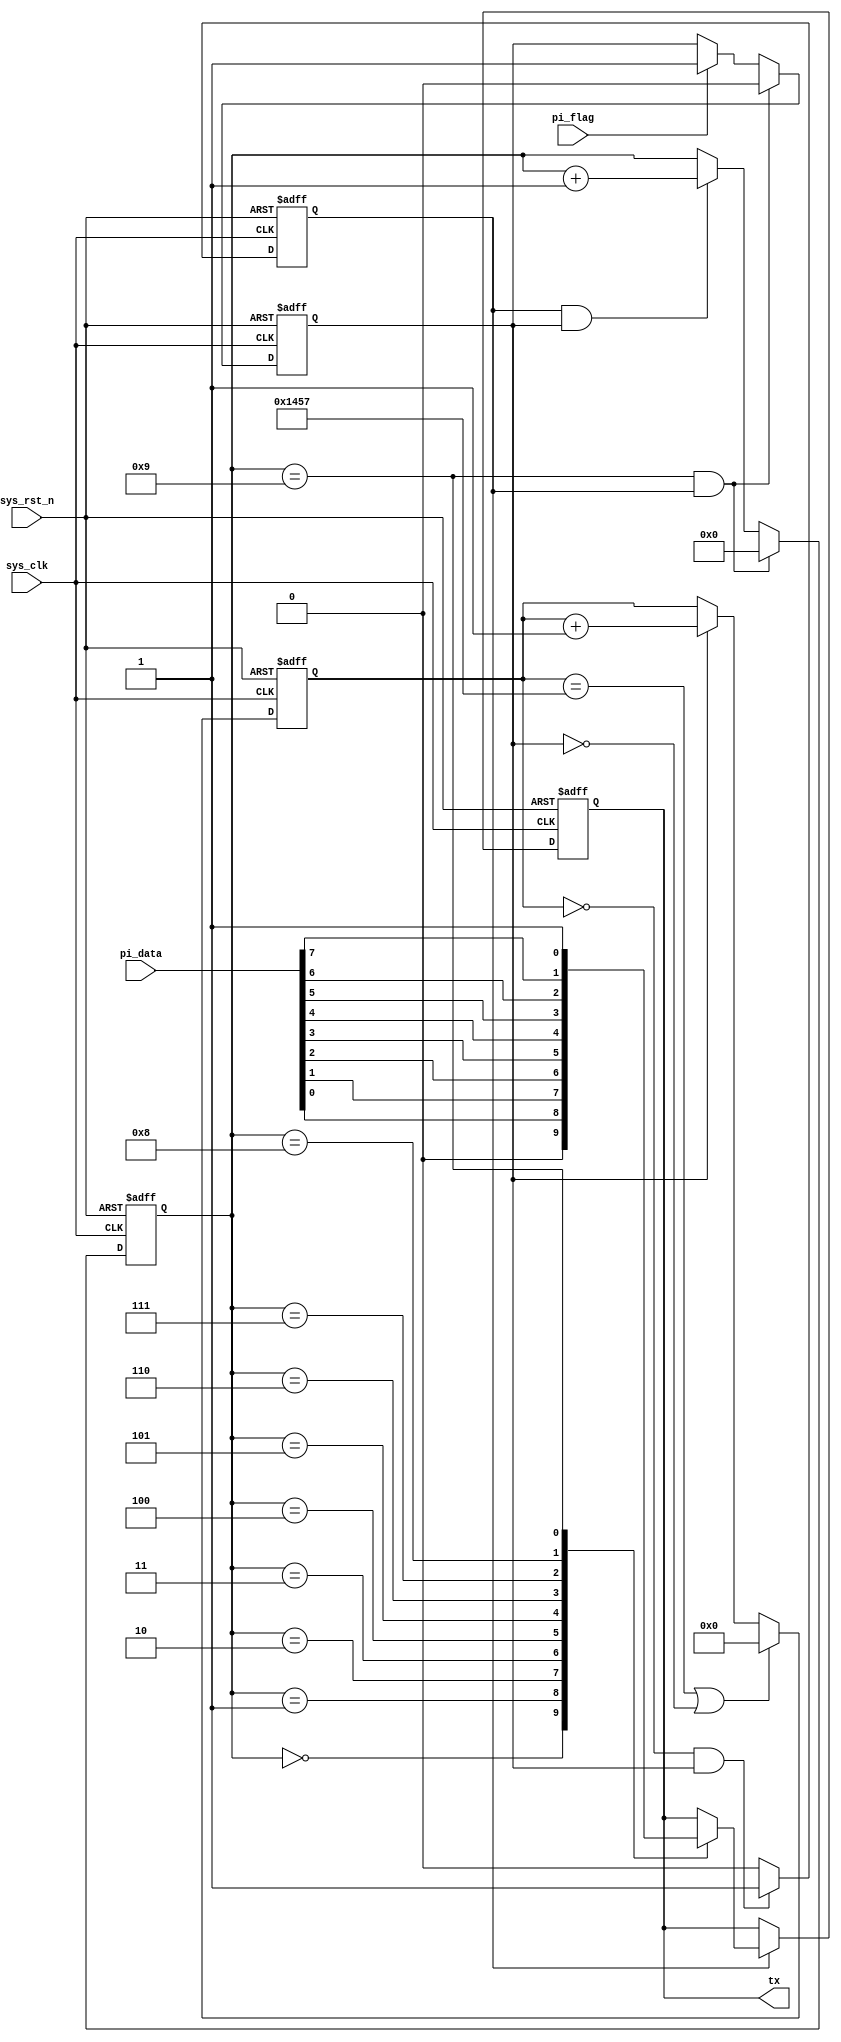
module  uart_tx
#(
    parameter   UART_BPS    =   'd9600      ,
    parameter   CLK_FREQ    =   'd50_000_000
)
(
    input   wire            sys_clk     ,
    input   wire            sys_rst_n   ,
    input   wire    [7:0]   pi_data     ,
    input   wire            pi_flag     ,

    output  reg             tx          
);

parameter       BAUD_CNT_MAX = CLK_FREQ / UART_BPS;

reg             work_en     ;
reg     [15:0]  baud_cnt    ;
reg             bit_flag    ;
reg     [3:0]   bit_cnt     ;

always@(posedge sys_clk or negedge sys_rst_n)
    if(sys_rst_n == 1'b0)
        work_en <= 1'b0;
    else if((bit_cnt == 4'd9)&&(bit_flag == 1'b1))
        work_en <= 1'b0;
    else if(pi_flag == 1'b1)
        work_en <= 1'b1;

always@(posedge sys_clk or negedge sys_rst_n)
    if(sys_rst_n == 1'b0)
        baud_cnt <= 16'd0;
    else if((baud_cnt == BAUD_CNT_MAX-1) || (work_en == 1'b0))
        baud_cnt <= 16'd0;
    else if(work_en == 1'b1)
        baud_cnt <= baud_cnt + 1'b1;

always@(posedge sys_clk or negedge sys_rst_n)
    if(sys_rst_n == 1'b0)
        bit_flag <= 1'b0;
    else if((baud_cnt == 16'd0) && (work_en == 1'b1))
        bit_flag <= 1'b1;
    else
        bit_flag <= 1'b0;

always@(posedge sys_clk or negedge sys_rst_n)
    if(sys_rst_n == 1'b0)
        bit_cnt <= 4'd0;
    else if((bit_cnt == 4'd9)&&(bit_flag == 1'b1))
        bit_cnt <= 4'd0;
    else if((bit_flag == 1'b1)&&(work_en == 1'b1))
        bit_cnt <= bit_cnt + 1'b1;
    
always@(posedge sys_clk or negedge sys_rst_n)
    if(sys_rst_n == 1'b0)
        tx <= 1'b1;
    else if (bit_flag == 1'b1)
        case(bit_cnt)
            4'd0:    tx <=1'b0;
            4'd1:    tx <=pi_data[0];
            4'd2:    tx <=pi_data[1];
            4'd3:    tx <=pi_data[2];
            4'd4:    tx <=pi_data[3];
            4'd5:    tx <=pi_data[4];
            4'd6:    tx <=pi_data[5];
            4'd7:    tx <=pi_data[6];
            4'd8:    tx <=pi_data[7];
            4'd9:    tx <=1'b1;
        default :    tx <= tx;
        endcase


endmodule